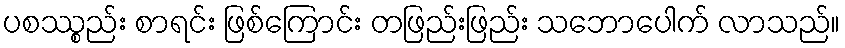
ပစဿ္စည်း စာရင်း ဖြစ်ကြောင်း တဖြည်းဖြည်း သဘောပေါက် လာသည်။